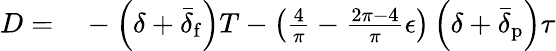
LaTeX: \begin{array}{rl}{D=}&{{}-\left(\delta+\bar{\delta}_{\mathrm{f}}\right)T-\left(\frac{4}{\pi}-\frac{2\pi-4}{\pi}\epsilon\right)\left(\delta+\bar{\delta}_{\mathrm{p}}\right)\tau}\end{array}